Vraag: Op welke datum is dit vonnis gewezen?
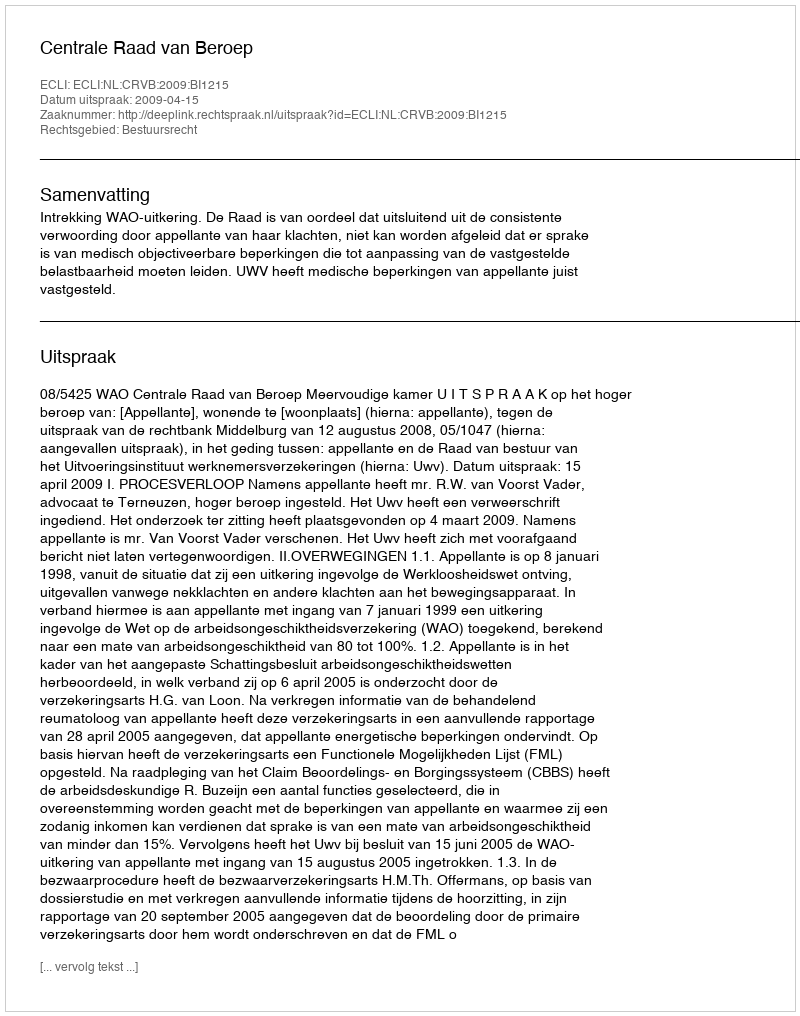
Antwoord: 2009-04-15